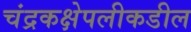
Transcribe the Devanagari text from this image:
चंद्रकक्षेपलीकडील